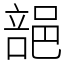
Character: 郶